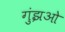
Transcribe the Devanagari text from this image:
गुंझओ